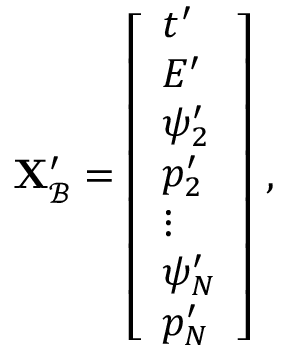
\mathbf { X } _ { \mathcal { B } } ^ { \prime } = \left[ \begin{array} { l } { t ^ { \prime } } \\ { E ^ { \prime } } \\ { \psi _ { 2 } ^ { \prime } } \\ { p _ { 2 } ^ { \prime } } \\ { \vdots } \\ { \psi _ { N } ^ { \prime } } \\ { p _ { N } ^ { \prime } } \end{array} \right] \, ,